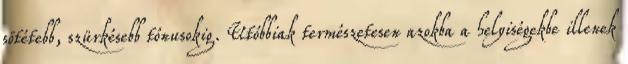
sötétebb, szürkésebb tónusokig. Utóbbiak természetesen azokba a helyiségekbe illenek